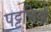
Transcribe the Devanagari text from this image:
पट्टचित्रों